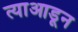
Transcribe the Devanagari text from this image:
त्याआडून